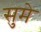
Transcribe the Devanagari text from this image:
सुमे